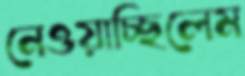
নেওয়াচ্ছিলেম